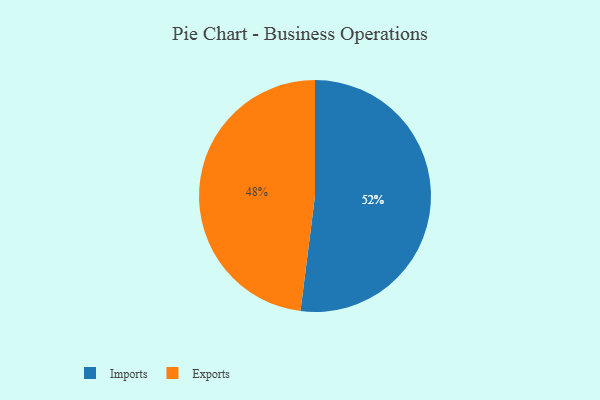
{"axis": {"x": "Category", "y": "Percentage"}, "legend": ["Exports", "Imports"], "data": [{"x": "Exports", "y": 48, "type": "Exports"}, {"x": "Imports", "y": 52, "type": "Imports"}]}